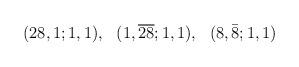
LaTeX: \begin{align*}(28,1;1,1), ~~(1,\overline{28};1,1),~~(8,\bar{8};1,1)\end{align*}